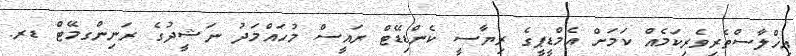
އިޚްލާސްތެރިވެރިކަމެއް ކަމަށް އެމްޑީޕީގެ ރިޔާސީ ކެންޑިޑޭޓް ރައީސް މުހައްމަދު ނަޝީދުގެ ރަނިންގމޭޓް ޑރ.